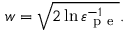
w = \sqrt { 2 \ln \varepsilon _ { \mathrm { ~ p ~ e ~ } } ^ { - 1 } } .